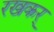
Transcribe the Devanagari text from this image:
रखकर्